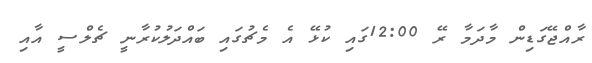
ރާއްޖޭގަޑިން މާދަމާ ރޭ 12:00ގައި ކުޅޭ އެ މެޗުގައި ބައްދަލުކުރާނީ ޗެލްސީ އާއި